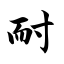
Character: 耐